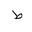
Letter: _da